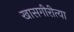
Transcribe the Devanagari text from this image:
खासगीरीत्या